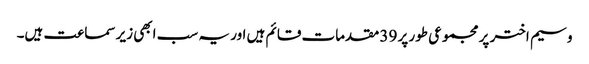
وسیم اختر پر مجموعی طور پر 39 مقدمات قائم ہیں اور یہ سب ابھی زیر سماعت ہیں۔